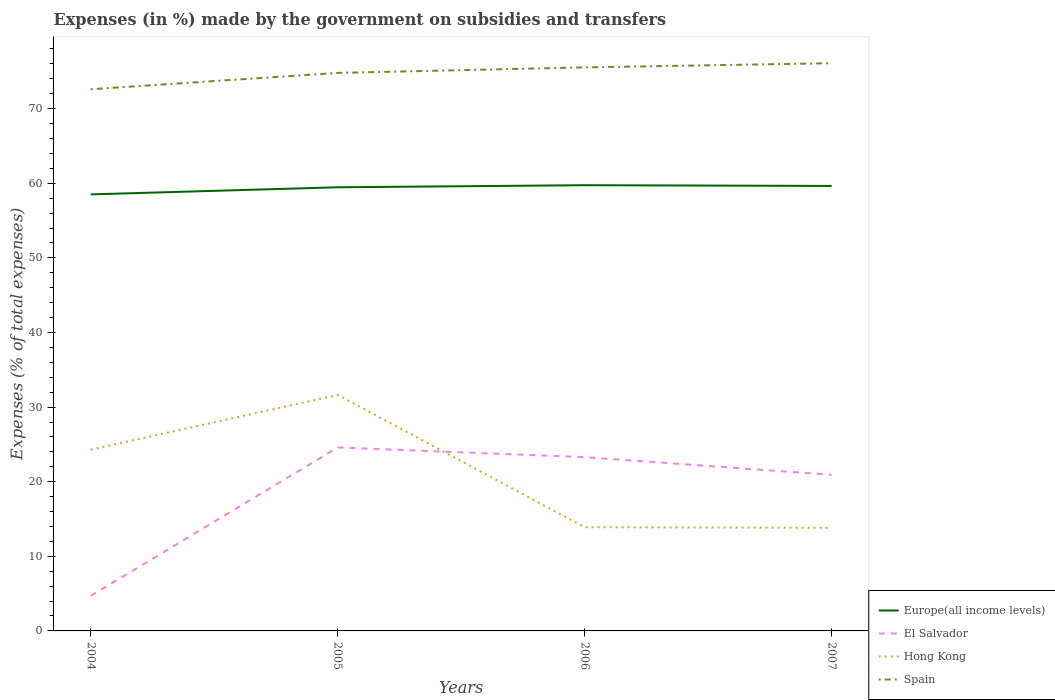
| Years | Europe(all income levels) | El Salvador | Hong Kong | Spain |
 | --- | --- | --- | --- | --- |
 | 2004 | 58.5 | 4.7 | 24.3 | 72.6 |
 | 2005 | 59.5 | 24.6 | 31.6 | 74.8 |
 | 2006 | 59.7 | 23.3 | 13.9 | 75.5 |
 | 2007 | 59.6 | 20.9 | 13.8 | 76.1 |